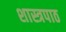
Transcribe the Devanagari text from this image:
शास्त्रपाठ